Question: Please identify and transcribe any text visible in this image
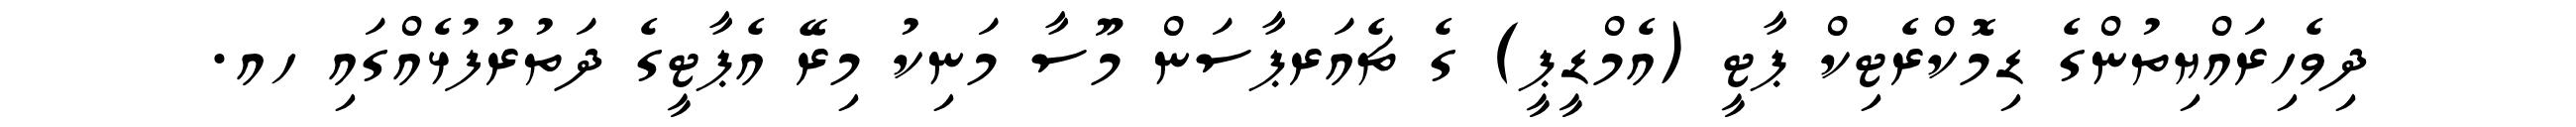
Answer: ދިވެހިރައްޔިތުންގެ ޑިމޮކްރެޓިކް ޕާޓީ (އެމްޑީޕީ) ގެ ޗެއަރޕާސަން މޫސާ މަނިކު މިރޭ އެޕާޓީގެ ދަތުރުފުޅެއްގައި ހއ.